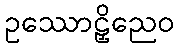
ဥဿောဠှိညေဝ